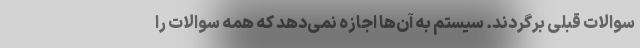
سوالات قبلی برگردند. سیستم به آن‌ها اجازه نمی‌دهد که همه سوالات را